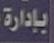
يادارة